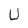
Character: U